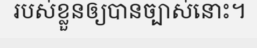
របស់ខ្លួនឲ្យបានច្បាស់នោះ។